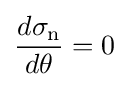
{\frac {d\sigma _{\mathrm {n} }}{d\theta }}=0\,\!